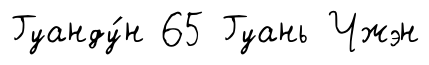
Гуанду́н 65 Гуань Чжэн